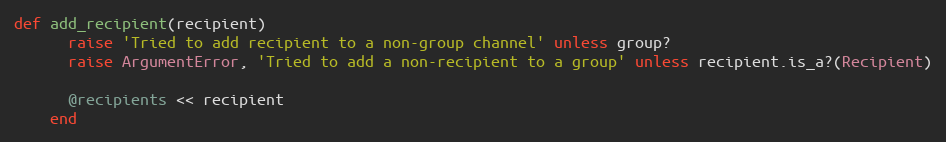
Language: Ruby
def add_recipient(recipient)
      raise 'Tried to add recipient to a non-group channel' unless group?
      raise ArgumentError, 'Tried to add a non-recipient to a group' unless recipient.is_a?(Recipient)

      @recipients << recipient
    end